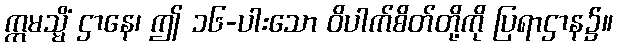
ဣမသ္မိံ ဌာနေ၊ ဤ ၁၆-ပါးသော ဝိပါက်စိတ်တို့ကို ပြရာဌာန၌။